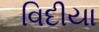
વિદીયા